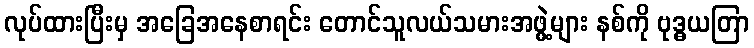
လုပ်ထားပြီးမှ အခြေအနေစာရင်း တောင်သူလယ်သမားအဖွဲ့များ နစ်ကို ဗုဒ္ဓယတြာ